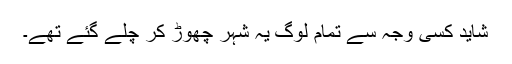
شاید کسی وجہ سے تمام لوگ یہ شہر چھوڑ کر چلے گئے تھے۔